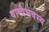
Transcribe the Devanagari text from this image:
वाग्वैभवस्य